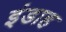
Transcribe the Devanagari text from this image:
इंडाह